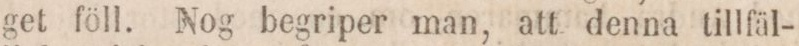
get föll. Nog begriper man, att denna tillfäl-